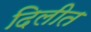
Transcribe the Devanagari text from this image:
दिलीत